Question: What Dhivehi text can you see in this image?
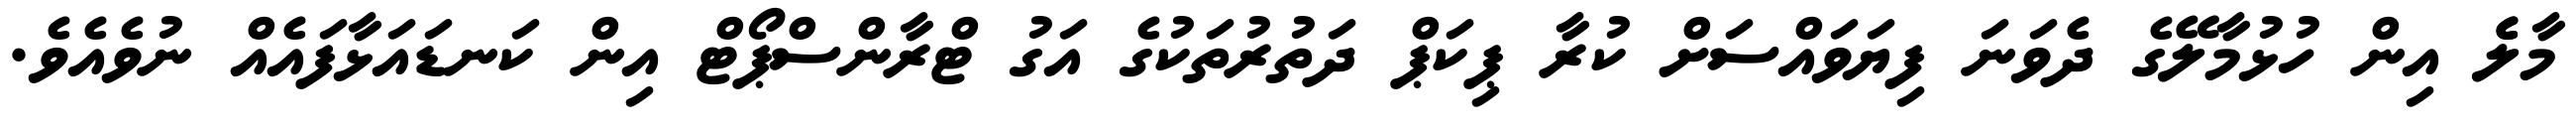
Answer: މާލެެ އިން ހުޅުމާލޭގެ ދެވަނަ ފިޔަވައްސަށް ކުރާ ޕިކަޕް ދަތުރުތަކުގެ އަގު ޓްރާންސްޕޯޓް އިން ކަނޑައަޅާފައެއް ނުވެއެވެ.